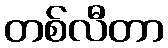
တစ်လီတာ